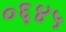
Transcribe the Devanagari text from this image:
०६४५